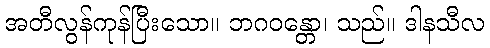
အတီလွန်ကုန်ပြီးသော။ ဘဂဝန္တော၊ သည်။ ဒါနသီလ